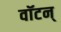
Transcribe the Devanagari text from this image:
वॉटन्